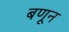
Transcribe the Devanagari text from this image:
बणून